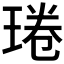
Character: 𤦔